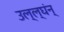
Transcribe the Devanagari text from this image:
उल्ल्घंन्